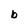
Character: b